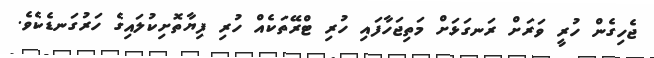
ޖެހިގެން ހުރީ ވަރަށް ރަނގަޅަށް މަތިޖަހާފައި ހުރި ޓްރޭތަކެއް ހުރި ފިޔާތޮށިކުލައިގެ ހަރުގަނޑެކެވެ.